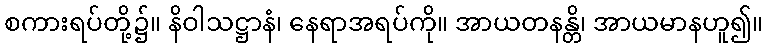
စကားရပ်တို့၌။ နိဝါသဋ္ဌာနံ၊ နေရာအရပ်ကို။ အာယတနန္တိ၊ အာယမာနဟူ၍။